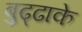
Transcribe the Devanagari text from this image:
बुढ्ढाके